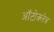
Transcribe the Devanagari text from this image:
ऑटोक्‍लेव